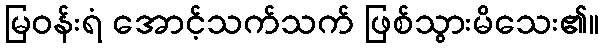
မြဝန်းရံ အောင့်သက်သက် ဖြစ်သွားမိသေး၏။